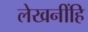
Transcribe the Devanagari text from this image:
लेखनींहि